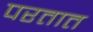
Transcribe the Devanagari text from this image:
परतात